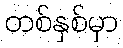
တစ်နှစ်မှာ